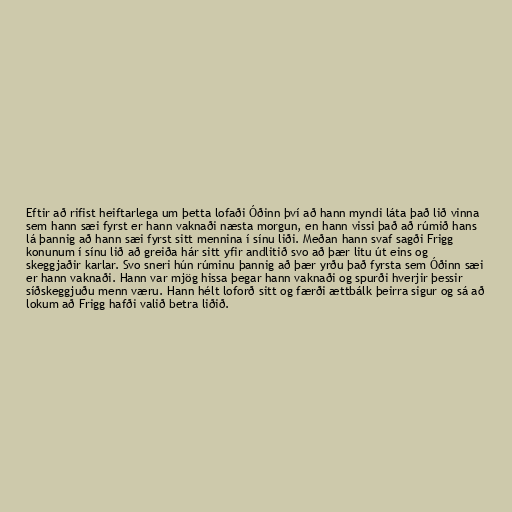
Eftir að rifist heiftarlega um þetta lofaði Óðinn því að hann myndi láta það lið vinna
sem hann sæi fyrst er hann vaknaði næsta morgun, en hann vissi það að rúmið hans
lá þannig að hann sæi fyrst sitt mennina í sínu liði. Meðan hann svaf sagði Frigg
konunum í sínu lið að greiða hár sitt yfir andlitið svo að þær litu út eins og
skeggjaðir karlar. Svo sneri hún rúminu þannig að þær yrðu það fyrsta sem Óðinn sæi
er hann vaknaði. Hann var mjög hissa þegar hann vaknaði og spurði hverjir þessir
síðskeggjuðu menn væru. Hann hélt loforð sitt og færði ættbálk þeirra sigur og sá að
lokum að Frigg hafði valið betra liðið.